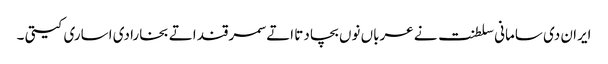
ایران دی سامانی سلطنت نے عرباں نوں بچا دتا اتے سمرقند اتے بخارا دی اساری کیتی ۔